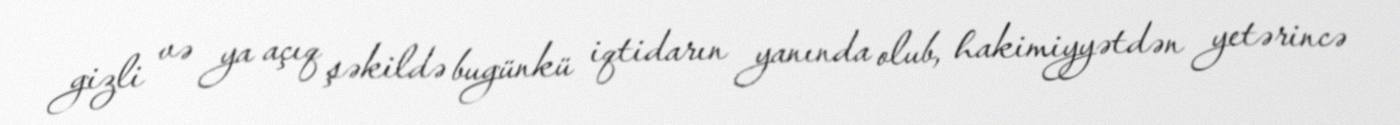
gizli və ya açıq şəkildə bugünkü iqtidarın yanında olub, hakimiyyətdən yetərincə